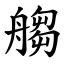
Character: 䑼